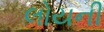
લોયની